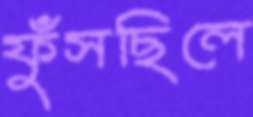
ফুঁসছিলে